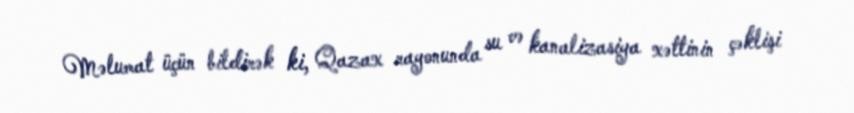
Məlumat üçün bildirək ki, Qazax rayonunda su və kanalizasiya xəttinin çəklişi